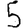
Digit: 5